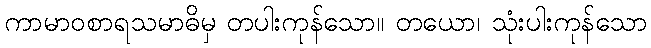
ကာမာဝစာရသမာဓိမှ တပါးကုန်သော။ တယော၊ သုံးပါးကုန်သော